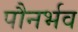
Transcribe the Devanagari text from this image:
पौनर्भव